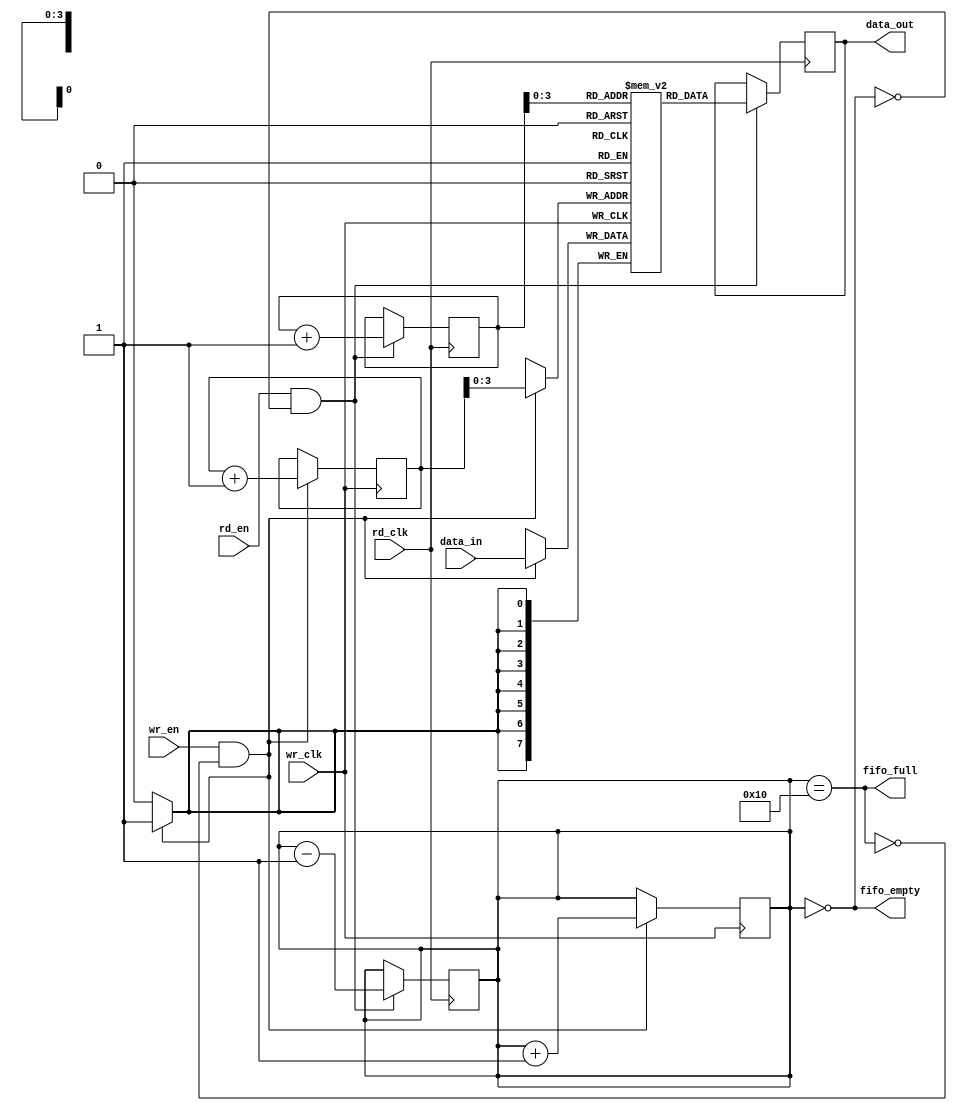
module fifo_synchronizer #(
    parameter DATA_WIDTH = 8,  // Width of the data
    parameter FIFO_DEPTH = 16   // Depth of the FIFO
)(
    input wire wr_clk,           // Write clock (source clock domain)
    input wire rd_clk,           // Read clock (destination clock domain)
    input wire wr_en,            // Write enable signal
    input wire rd_en,            // Read enable signal
    input wire [DATA_WIDTH-1:0] data_in, // Data input
    output reg [DATA_WIDTH-1:0] data_out, // Data output
    output wire fifo_full,       // FIFO full status
    output wire fifo_empty       // FIFO empty status
);

    // FIFO memory
    reg [DATA_WIDTH-1:0] fifo_mem [0:FIFO_DEPTH-1];
    reg [4:0] wr_ptr;           // Write pointer
    reg [4:0] rd_ptr;           // Read pointer
    reg [4:0] count;            // Number of items in FIFO

    // Write logic
    always @(posedge wr_clk) begin
        if (wr_en && !fifo_full) begin
            fifo_mem[wr_ptr] <= data_in; // Write data to FIFO
            wr_ptr <= wr_ptr + 1;        // Increment write pointer
            count <= count + 1;          // Increment count
        end
    end

    // Read logic
    always @(posedge rd_clk) begin
        if (rd_en && !fifo_empty) begin
            data_out <= fifo_mem[rd_ptr]; // Read data from FIFO
            rd_ptr <= rd_ptr + 1;        // Increment read pointer
            count <= count - 1;          // Decrement count
        end
    end

    // FIFO status signals
    assign fifo_full = (count == FIFO_DEPTH);
    assign fifo_empty = (count == 0);

    // Reset logic for pointers and count
    always @(posedge wr_clk or posedge rd_clk) begin
        if (wr_clk) begin
            if (wr_en && fifo_full) begin
                // Handle overflow if necessary
            end
        end
        if (rd_clk) begin
            if (rd_en && fifo_empty) begin
                // Handle underflow if necessary
            end
        end
    end

    // Synchronization mechanism (optional)
    // You may implement additional synchronization logic here if needed

endmodule